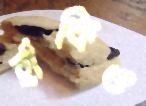
হাঁকিও